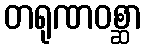
တရုဏဝစ္ဆာ